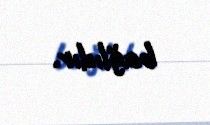
bağlıdır.